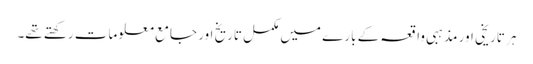
ہر تاریخی اور مذہبی واقعہ کے بارے میں مکمل تاریخ اور جامع معلومات رکھتے تھے۔